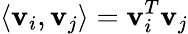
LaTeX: \langle{\mathbf v}_{i},{\mathbf v}_{j}\rangle={\mathbf v}_{i}^{T}{\mathbf v}_{j}